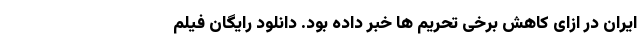
ایران در ازای کاهش برخی تحریم ها خبر داده بود. دانلود رایگان فیلم